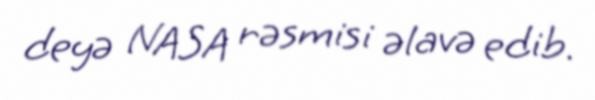
deyə NASA rəsmisi əlavə edib.